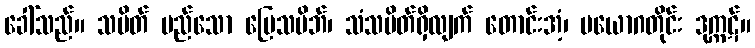
ခေါ်သည်။ သပိတ် မည်သော မြေသပိဘ်၊ သံသပိတ်ရှိလျက် တောင်းအံ့၊ ပယောဂတိုင်း ဒုက္ကဋ်။